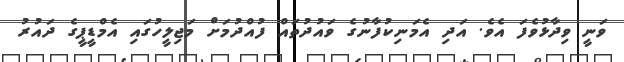
ވަނީ ވިދާޅުވެފަ އެވެ. އަދި އެމަނިކުފާނުގެ ވައުދުތައް ފުއްދުމަށް މަޖިލީހުގައި އެމްޑީޕީގެ ދައުރު